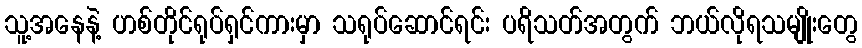
သူ့အနေနဲ့ ဟစ်တိုင်ရုပ်ရှင်ကားမှာ သရုပ်ဆောင်ရင်း ပရိသတ်အတွက် ဘယ်လိုရသမျိုးတွေ